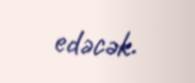
edəcək.